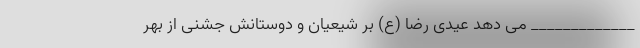
_____________ می دهد عیدی رضا (ع) بر شیعیان و دوستانش جشنی از بهر